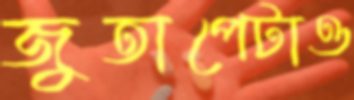
জুতাপেটাও